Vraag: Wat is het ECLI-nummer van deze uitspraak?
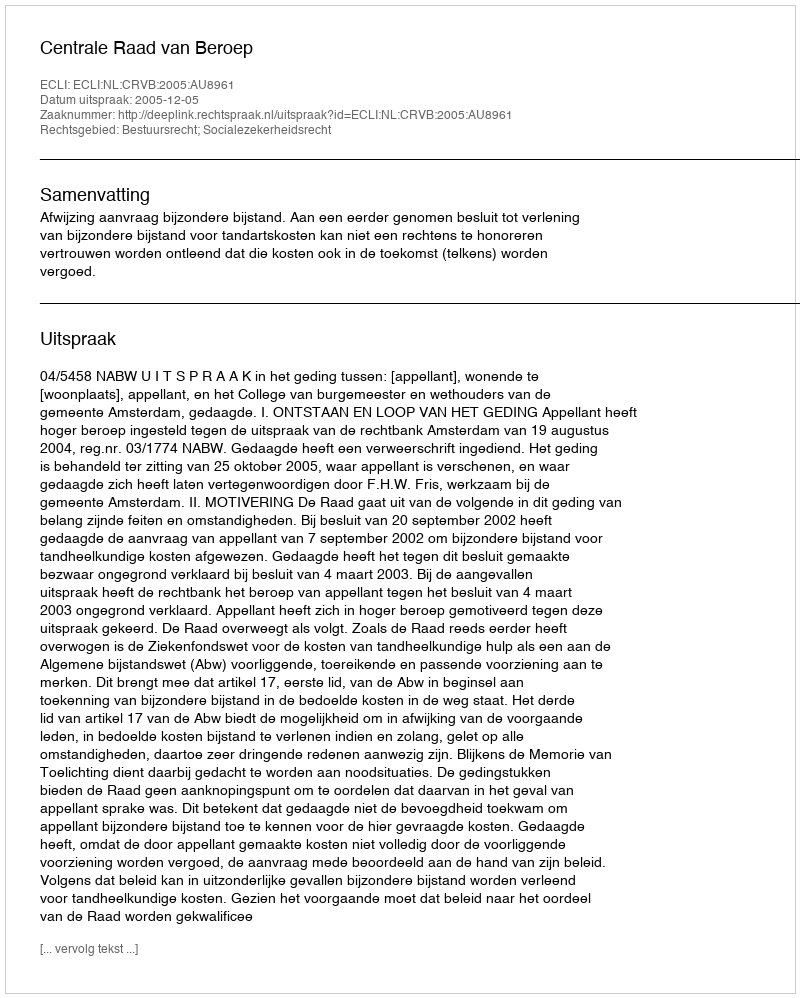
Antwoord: ECLI:NL:CRVB:2005:AU8961